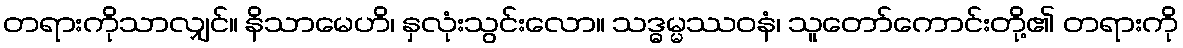
တရားကိုသာလျှင်။ နိသာမေဟိ၊ နှလုံးသွင်းလော။ သဒ္ဓမ္မဿဝနံ၊ သူတော်ကောင်းတို့၏ တရားကို